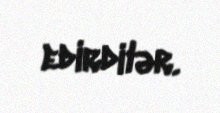
edirdilər.